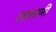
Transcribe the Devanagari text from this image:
लालामी